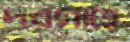
দরগাহে